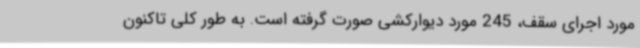
مورد اجرای سقف، 245 مورد دیوارکشی صورت گرفته است. به طور کلی تاکنون